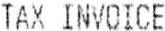
TAX INVOICE